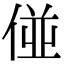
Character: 𠊧